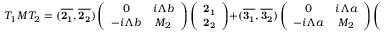
T _ { 1 } M T _ { 2 } = ( { \bf \overline { { { 2 _ { 1 } } } } } , { \bf \overline { { { 2 _ { 2 } } } } } ) \left( \begin{array} { c c } { { 0 } } & { { i \Lambda b } } \\ { { - i \Lambda b } } & { { M _ { 2 } } } \end{array} \right) \left( \begin{array} { c } { { { \bf 2 _ { 1 } } } } \\ { { { \bf 2 _ { 2 } } } } \end{array} \right) + ( { \bf \overline { { { 3 _ { 1 } } } } } , { \bf \overline { { { 3 _ { 2 } } } } } ) \left( \begin{array} { c c } { { 0 } } & { { i \Lambda a } } \\ { { - i \Lambda a } } & { { M _ { 2 } } } \end{array} \right) \left( \begin{array} { c } { { { \bf 3 _ { 1 } } } } \\ { { { \bf 3 _ { 2 } } } } \end{array} \right) ,